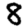
Digit: 8